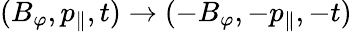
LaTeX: (B_{\varphi},p_{\parallel},t)\to(-B_{\varphi},-p_{\parallel},-t)